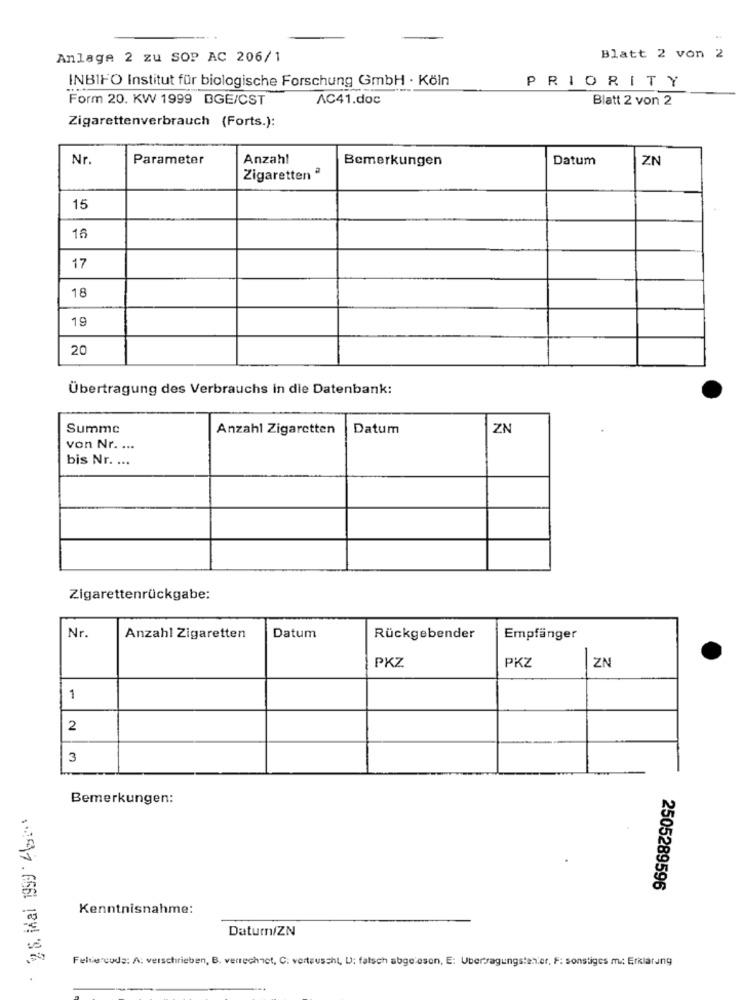
Anlage 2 zu SOP AC 206/1
Blatt 2 von 2
INBIFO Institut für biologische Forschung GmbH · Köln
PRIORITY
Form 20. KW 1999 DGE/CST
AC41.doc
Blatt 2 von 2
Zigarettenverbrauch (Forts.):
Nr.
Parameter
Anzahl
Bemerkungen
Datum
ZN
Zigaretten ª
15
16
17
18
19
20
Übertragung des Verbrauchs in die Datenbank:
Summe
Anzahl Zigaretten
Datum
ZN
von Nr. ...
bis Nr. ...
Zigarettenrückgabe:
Nr.
Anzahl Zigaretten
Datum
Rückgebender
Empfänger
ZN
PKZ
PKZ
1
2
3
Bemerkungen:
. 25. Mai 1999 46
2505289596
Kenntnisnahme:
Datum/ZN
Felle code: A: verschrieben, B. verrechnet, C. vertauscht, D: falsch abge esen, E: Ubertragungsteh.er, F: sonstiges m .; Erklarung